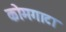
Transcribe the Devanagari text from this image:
कोमगाटा